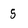
Character: 5